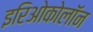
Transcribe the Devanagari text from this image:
इरिओकोलॉन